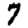
Digit: 7